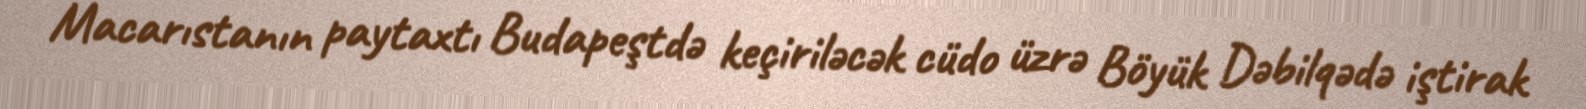
Macarıstanın paytaxtı Budapeştdə keçiriləcək cüdo üzrə Böyük Dəbilqədə iştirak